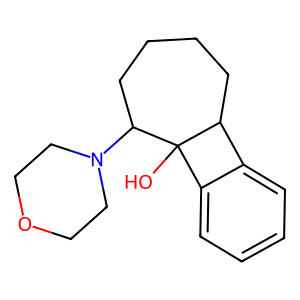
SMILES: OC12c3ccccc3C1CCCCC2N1CCOCC1
Inhibits HIV replication: No